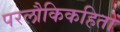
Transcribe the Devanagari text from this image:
परलौकिकहितों